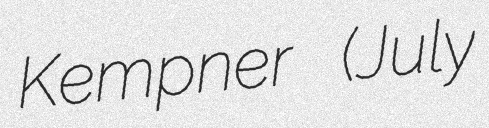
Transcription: Kempner (July